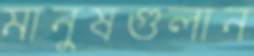
মানুষগুলান